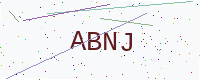
Text: ABNJ